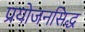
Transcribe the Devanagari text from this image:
प्रयोजनसिद्ध